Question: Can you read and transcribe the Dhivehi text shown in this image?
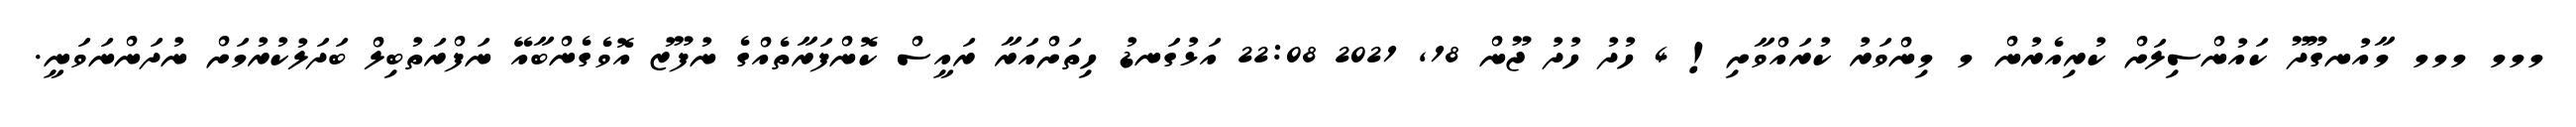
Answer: މމމ މމމ މާއުނގޫދޫ ކައުންސިލަށް ކުރިއެރުން މ މިންވަރު ކުރައްވާށި! 4 ހުދު ހުދު ޖޫން 18, 2021 22:08 އަޅުގަނޑު ހިތަށްއަރާ ރައީސް ކޮންފަރާތެއްގެ ނުފޫޒު އޮވެގެންބާއޭ ނަފްރަތުބިލް ބަދަލުކުރުމަށް ނުދަންނަވަނީ.